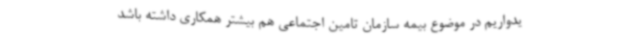
یدواریم در موضوع بیمه سازمان تامین اجتماعی هم بیشتر همکاری داشته باشد